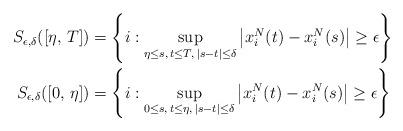
LaTeX: \begin{align*}S_{\epsilon,\delta}([\eta,\,T]) & =\left\{ i:\sup_{\substack{\eta\le s,\,t\le T,\,|s-t|\le\delta}}\left|x_{i}^{N}(t)-x_{i}^{N}(s)\right|\ge\epsilon\right\} \\S_{\epsilon,\delta}([0,\,\eta]) & =\left\{ i:\sup_{\substack{0\le s,\,t\le\eta,\,|s-t|\le\delta}}\left|x_{i}^{N}(t)-x_{i}^{N}(s)\right|\ge\epsilon\right\} \end{align*}